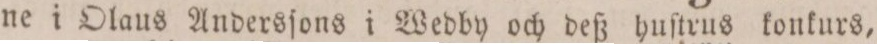
ne i Olaus Andersſons i Wedby och deß huſtrus konkurs,